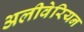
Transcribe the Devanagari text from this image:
अलीवेरियन